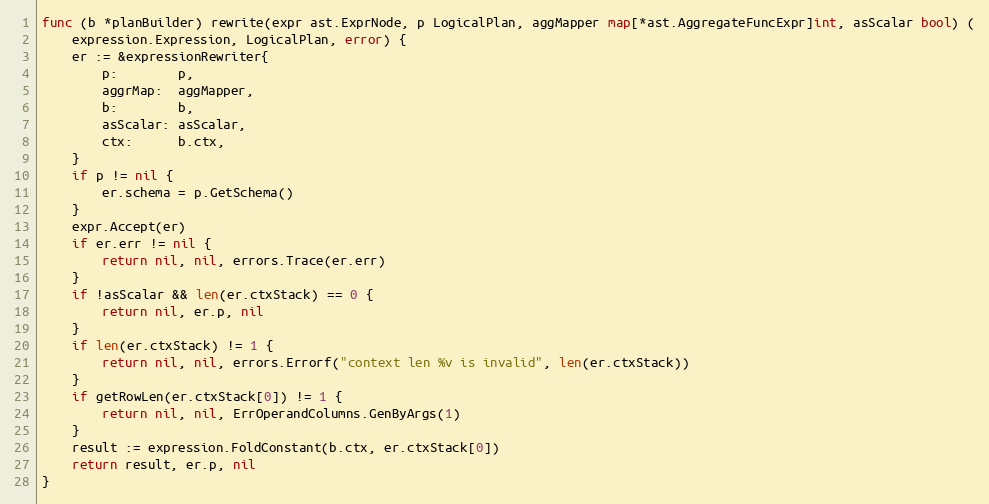
Language: Go
func (b *planBuilder) rewrite(expr ast.ExprNode, p LogicalPlan, aggMapper map[*ast.AggregateFuncExpr]int, asScalar bool) (
	expression.Expression, LogicalPlan, error) {
	er := &expressionRewriter{
		p:        p,
		aggrMap:  aggMapper,
		b:        b,
		asScalar: asScalar,
		ctx:      b.ctx,
	}
	if p != nil {
		er.schema = p.GetSchema()
	}
	expr.Accept(er)
	if er.err != nil {
		return nil, nil, errors.Trace(er.err)
	}
	if !asScalar && len(er.ctxStack) == 0 {
		return nil, er.p, nil
	}
	if len(er.ctxStack) != 1 {
		return nil, nil, errors.Errorf("context len %v is invalid", len(er.ctxStack))
	}
	if getRowLen(er.ctxStack[0]) != 1 {
		return nil, nil, ErrOperandColumns.GenByArgs(1)
	}
	result := expression.FoldConstant(b.ctx, er.ctxStack[0])
	return result, er.p, nil
}